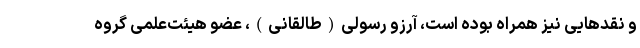
و نقدهایی نیز همراه بوده است، آرزو رسولی(طالقانی)، عضو هیئت‌علمی گروه